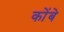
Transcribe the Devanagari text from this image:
कोंबे